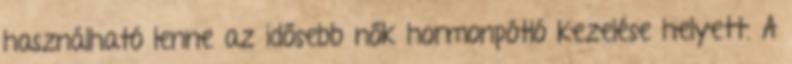
használható lenne az idősebb nők hormonpótló kezelése helyett. A